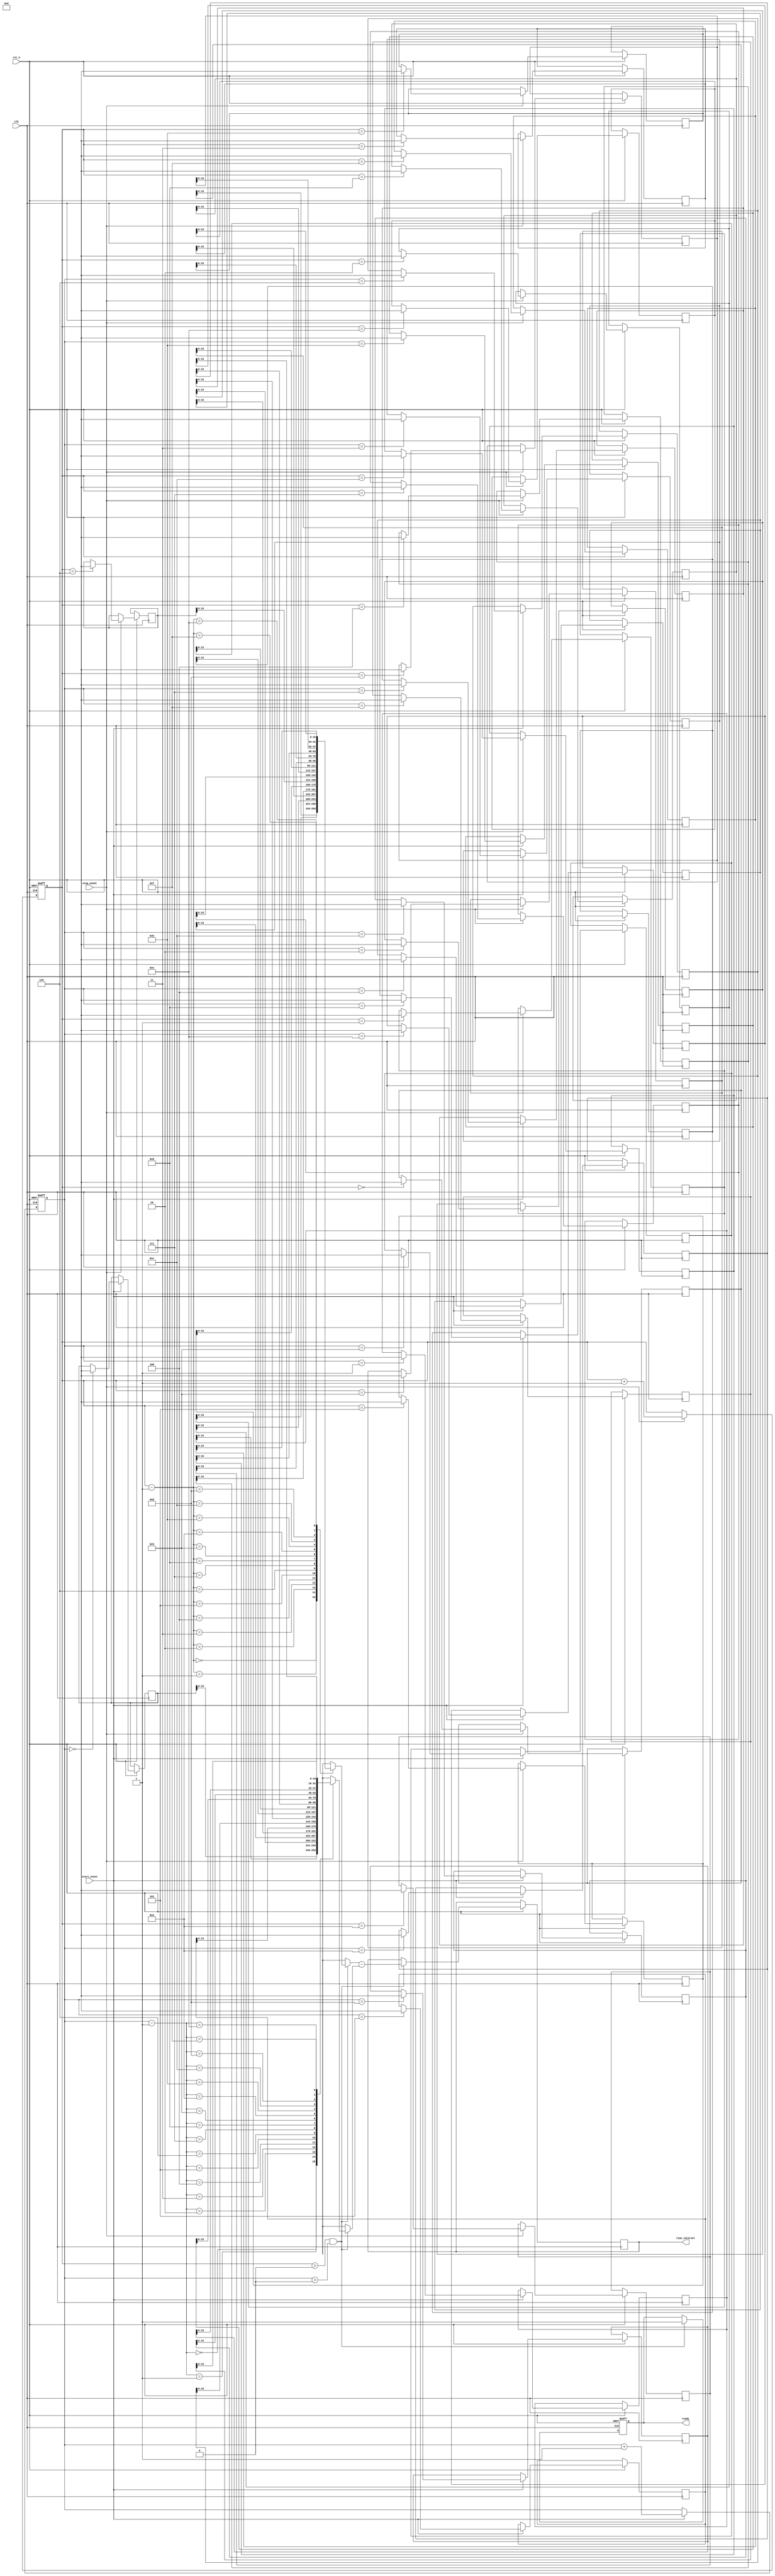
module TDC (
    input wire clk,
    input wire rst_n,
    input wire start_event,
    input wire stop_event,
    output reg [15:0] time_interval,   // Digital output of the time interval
    output reg ready                    // Indicate when the output is ready
);

// Parameters
parameter MEMORY_SIZE = 16;          // Number of events
parameter INDEX_WIDTH = 4;           // Index width for memory access
parameter TIME_WIDTH = 32;            // Width of timestamp

// Memory for timestamps (start and stop)
reg [TIME_WIDTH-1:0] start_time [0:MEMORY_SIZE-1];
reg [TIME_WIDTH-1:0] stop_time [0:MEMORY_SIZE-1];

// Index pointers
reg [INDEX_WIDTH-1:0] start_index;
reg [INDEX_WIDTH-1:0] stop_index;

// Event detection and timestamp storage
always @(posedge clk or negedge rst_n) begin
    if (!rst_n) begin
        start_index <= 0;
        stop_index <= 0;
        ready <= 0;
    end else begin
        if (start_event) begin
            start_time[start_index] <= $time; // Capture current timestamp
            start_index <= start_index + 1;
        end
        if (stop_event) begin
            stop_time[stop_index] <= $time; // Capture current timestamp
            stop_index <= stop_index + 1;
        end
        if (stop_index > 0 && start_index > 0) begin
            time_interval <= stop_time[stop_index-1] - start_time[start_index-1]; // Calculate time interval
            ready <= 1; // Indicate data is ready
        end
    end
end

endmodule